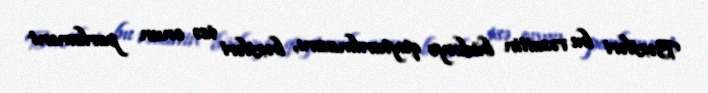
Bəziləri bu vəsaitin büdcəyə qaytarılmasını, bəziləri isə onun parlament